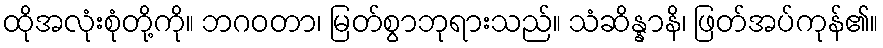
ထိုအလုံးစုံတို့ကို။ ဘဂဝတာ၊ မြတ်စွာဘုရားသည်။ သံဆိန္နာနိ၊ ဖြတ်အပ်ကုန်၏။